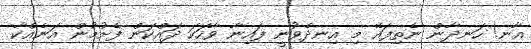
އާނ! ހަނދާން ނެތިފައޭ މި އިނދެވުނީ ފައިނާ ވާހަކަ ދައްކަން ފެށުމުން އަނެއްކާ